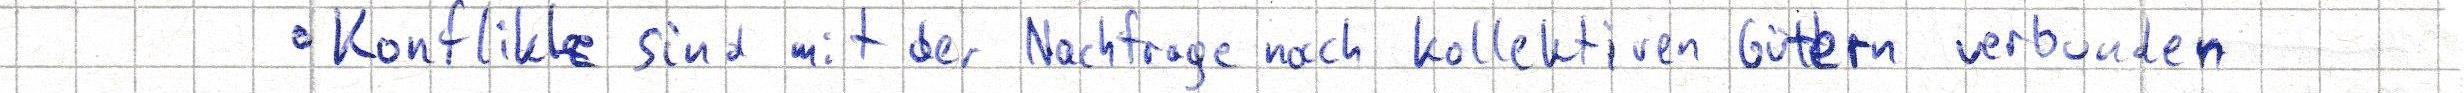
- Konflikte sind mit der Nachfrage nach kollektiven Gütern verbunden